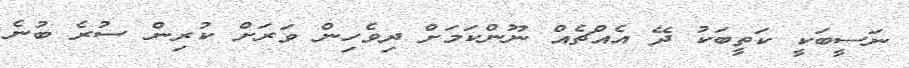
ނަސީބަކީ ކަތީބަކު ދޭ އެއްޗެއް ނޫންކަމަށް ދިވެހިން ވަރަށް ކުރިން ސުރެ ބުނެ